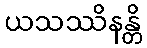
ယသဿိနန္တိ